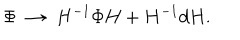
\Phi \; \rightarrow \; H ^ { - 1 } \Phi H + H ^ { - 1 } d H .